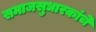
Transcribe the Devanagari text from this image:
समाजसुधारकांचे